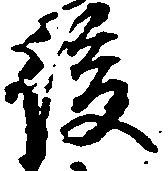
後